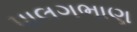
પાલગભાણ